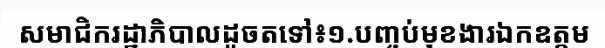
សមាជិករដ្ឋាភិបាលដូចតទៅ៖១.បញ្ចប់មុខងារឯកឧត្តម